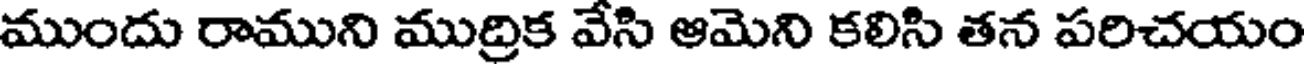
ముందు రాముని ముద్రిక వేసి ఆమెని కలిసి తన పరిచయం